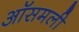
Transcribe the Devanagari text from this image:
ऑसमली